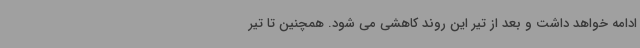
ادامه خواهد داشت و بعد از تیر این روند کاهشی می شود. همچنین تا تیر